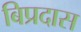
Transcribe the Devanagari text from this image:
बिप्रदास